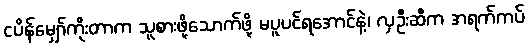
ငပိန်မျှော်ကိုးတာက သူစားဖို့သောက်ဖို့ မပူပင်ရအောင်နဲ့၊ လှဦးဆီက အရက်ကပ်